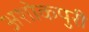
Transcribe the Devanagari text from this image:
अशोकपुरी